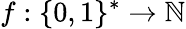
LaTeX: f:\{ 0,1\} ^{*}\to\mathbb{N}